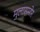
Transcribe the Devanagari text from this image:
मुलासमोर